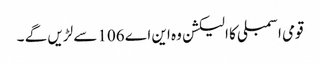
قومی اسمبلی کا الیکشن وہ این اے 106سے لڑیں گے ۔